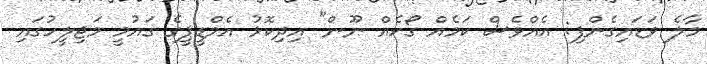
މާލެ ވަޑައިގެންފި: އެއްވެސް ކަމެއް ގޯހެއް ނޫން" އިދިކޮޅު އެމްޑީޕީގެ ގައުމީ މަޖިލީހުގައި